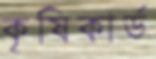
কৃষিকার্ড